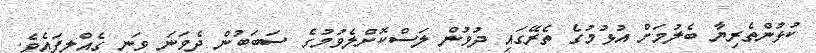
ކުޅުންތެރިޔާ ބެލުމަށް އުޅުމުގެ ތެރޭގައި ދުވުން ލަސްކޮށްލެވުމުގެ ސަބަބުން ދެވަނަ ވަނީ ގެއްލިފައެވެ.